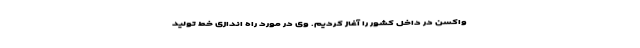
واکسن در داخل کشور را آغاز کردیم. وی در مورد راه‌ اندازی خط تولید